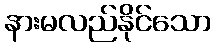
နားမလည်နိုင်သော